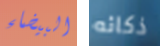
البيضاء ذكائه